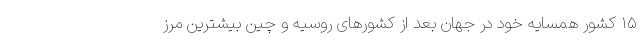
۱۵ کشور همسایه خود در جهان بعد از کشورهای روسیه و چین بیشترین مرز